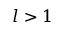
l > 1